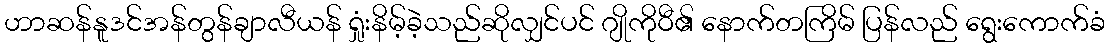
ဟာဆန်နူဒင်အန်တွန်ချာလီယန် ရှုံးနိမ့်ခဲ့သည်ဆိုလျှင်ပင် ဂျိုကိုဝီ၏ နောက်တကြိမ် ပြန်လည် ရွေးကောက်ခံ